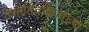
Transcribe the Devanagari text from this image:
तेओतिवाकानच्या